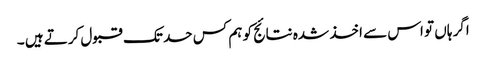
اگر ہاں تو اس سے اخذ شدہ نتائج کو ہم کس حد تک قبول کرتے ہیں ۔